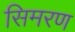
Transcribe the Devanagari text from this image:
सिमरण